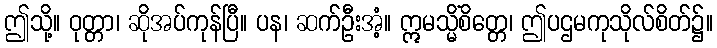
ဤသို့။ ဝုတ္တာ၊ ဆိုအပ်ကုန်ပြီ။ ပန၊ ဆက်ဦးအံ့။ ဣမသ္မိံစိတ္တေ၊ ဤပဌမကုသိုလ်စိတ်၌။